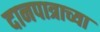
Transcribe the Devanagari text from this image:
दानपात्राच्या